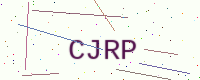
Text: CJRP